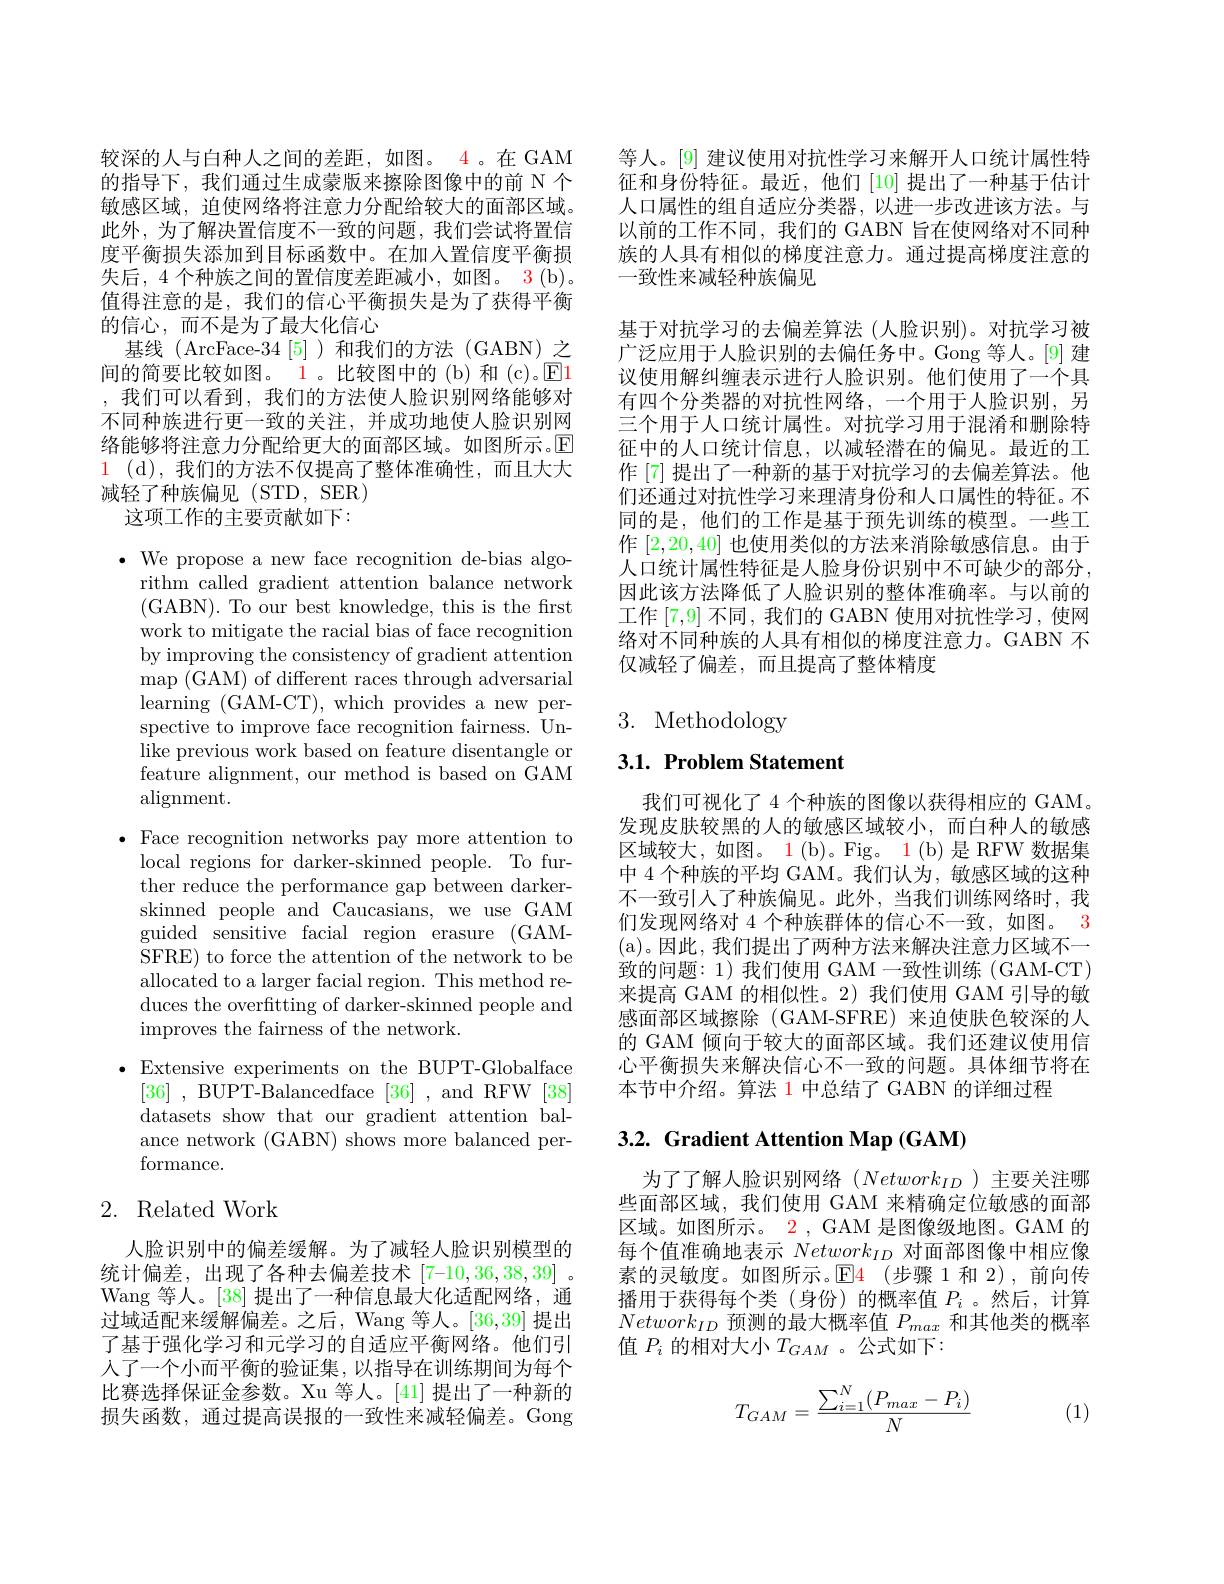
较深的人与白种人之间的差距，如图。4。在 GAM 的指导下，我们通过生成蒙版来擦除图像中的前 N 个敏感区域，迫使网络将注意力分配给较大的面部区域。此外，为了解决置信度不一致的问题，我们尝试将置信度平衡损失添加到目标函数中。在加入置信度平衡损失后，4个种族之间的置信度差距减小，如图。3(b)。值得注意的是，我们的信心平衡损失是为了获得平衡的信心，而不是为了最大化信心
基线(ArcFace-34[5])和我们的方法(GABN)之间的简要比较如图。1。比较图中的 (b) 和 (c)。$\color{red}{\boxed{E}}$1 ,我们可以看到，我们的方法使人脸识别网络能够对不同种族进行更一致的关注，并成功地使人脸识别网络能够将注意力分配给更大的面部区域。如图所示。$\mathbb{E}$ $\color{red}1\:($d),我们的方法不仅提高了整体准确性，而且大大减轻了种族偏见(STD,SER)
这项工作的主要贡献如下：

$\bullet$ We propose a new face recognition de-bias algo-
rithm called gradient attention balance network (GABN). To our best knowledge, this is the first work to mitigate the racial bias of face recognition by improving the consistency of gradient attention map (GAM) of different races through adversarial learning (GAM-CT), which provides a new perspective to improve face recognition fairness. Unlike previous work based on feature disentangle or feature alignment, our method is based on GAM alignment.

$\bullet$ Face recognition networks pay more attention to
local regions for darker-skinned people. To further reduce the performance gap between darkerskinned people and Caucasians, we use GAM guided sensitive facial region erasure (GAMSFRE) to force the attention of the network to be allocated to a larger facial region. This method reduces the overfitting of darker-skinned people and improves the fairness of the network.

$\bullet$Extensive experiments on the BUPT-Globalface
[36] , BUPT-Balancedface[36] , and RFW[38] datasets show that our gradient attention balance network (GABN) shows more balanced performance.

# 2. Related Work

人脸识别中的偏差缓解。为了减轻人脸识别模型的统计偏差，出现了各种去偏差技术[7-10,36,38,39] 。Wang 等人。[38] 提出了一种信息最大化适配网络，通过域适配来缓解偏差。之后，Wang 等人。[36,39]提出了基于强化学习和元学习的自适应平衡网络。他们引人了一个小而平衡的验证集，以指导在训练期间为每个比赛选择保证金参数。Xu 等人。[41] 提出了一种新的损失函数，通过提高误报的一致性来减轻偏差。Gong

等人。[9] 建议使用对抗性学习来解开人口统计属性特征和身份特征。最近，他们[10]提出了一种基于估计人口属性的组自适应分类器，以进一步改进该方法。与以前的工作不同，我们的 GABN 旨在使网络对不同种族的人具有相似的梯度注意力。通过提高梯度注意的一致性来减轻种族偏见

基于对抗学习的去偏差算法 (人脸识别)。对抗学习被广泛应用于人脸识别的去偏任务中。Gong 等人。[9] 建议使用解纠缠表示进行人脸识别。他们使用了一个具有四个分类器的对抗性网络，一个用于人脸识别，另三个用于人口统计属性。对抗学习用于混淆和删除特征中的人口统计信息，以减轻潜在的偏见。最近的工作 [7] 提出了一种新的基于对抗学习的去偏差算法。他们还通过对抗性学习来理清身份和人口属性的特征。不同的是，他们的工作是基于预先训练的模型。一些工作[2,20,40]也使用类似的方法来消除敏感信息。由于人口统计属性特征是人脸身份识别中不可缺少的部分， 因此该方法降低了人脸识别的整体准确率。与以前的工作[7,9]不同，我们的 GABN 使用对抗性学习，使网络对不同种族的人具有相似的梯度注意力。GABN 不仅减轻了偏差，而且提高了整体精度

# 3. Methodology

# 3.1. Problem Statement

我们可视化了 4 个种族的图像以获得相应的 GAM。发现皮肤较黑的人的敏感区域较小，而白种人的敏感区域较大，如图。$\color{red}1(\mathrm{b})$。Fig。1(b)是 RFW 数据集中 4 个种族的平均 GAM。我们认为，敏感区域的这种不一致引人了种族偏见。此外，当我们训练网络时，我们发现网络对 4 个种族群体的信心不一致，如图。3 (a)。因此，我们提出了两种方法来解决注意力区域不一致的问题：1)我们使用 GAM 一致性训练 (GAM-CT) 来提高 GAM 的相似性。2)我们使用 GAM 引导的敏感面部区域擦除 (GAM-SFRE) 来迫使肤色较深的人的 GAM 倾向于较大的面部区域。我们还建议使用信心平衡损失来解决信心不一致的问题。具体细节将在本节中介绍。算法 1 中总结了 GABN 的详细过程

## 3.2. Gradient Attention Map (GAM)

为了了解人脸识别网络($Network_{ID}$)主要关注哪些面部区域，我们使用 GAM 来精确定位敏感的面部区域。如图所示。2 , GAM 是图像级地图。GAM 的每个值准确地表示$Network_{ID}$对面部图像中相应像素的灵敏度。如图所示。$\mathbb{E}$4(步骤1和2),前向传播用于获得每个类(身份)的概率值$P_i$ 。然后，计算$Network_{ID}$预测的最大概率值 $P_max$ 和其他类的概率值$P_i$的相对大小$T_GAM$ 。公式如下：
$$T_{GAM}=\frac{\sum_{i=1}^N(P_{max}-P_i)}{N}$$
(1)